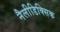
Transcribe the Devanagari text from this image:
नैलीडिक्सिक